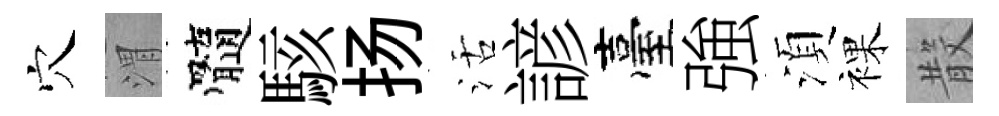
穴渭髓駭扬活諺臺強湏裸𣪚